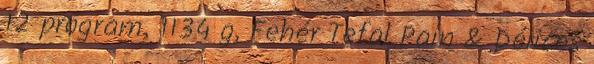
12 program, 1134 g, Fehér Tefal Pain & Délices